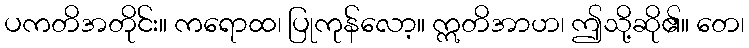
ပကတိအတိုင်း။ ကရောထ၊ ပြုကုန်လော့။ ဣတိအာဟ၊ ဤသို့ဆို၏။ တေ၊